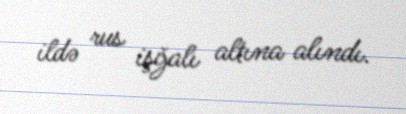
ildə rus işğalı altına alındı.